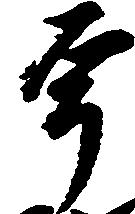
宇